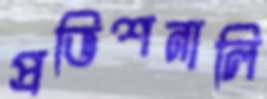
প্রভিশনালি